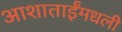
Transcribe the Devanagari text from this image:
आशाताईंमधली